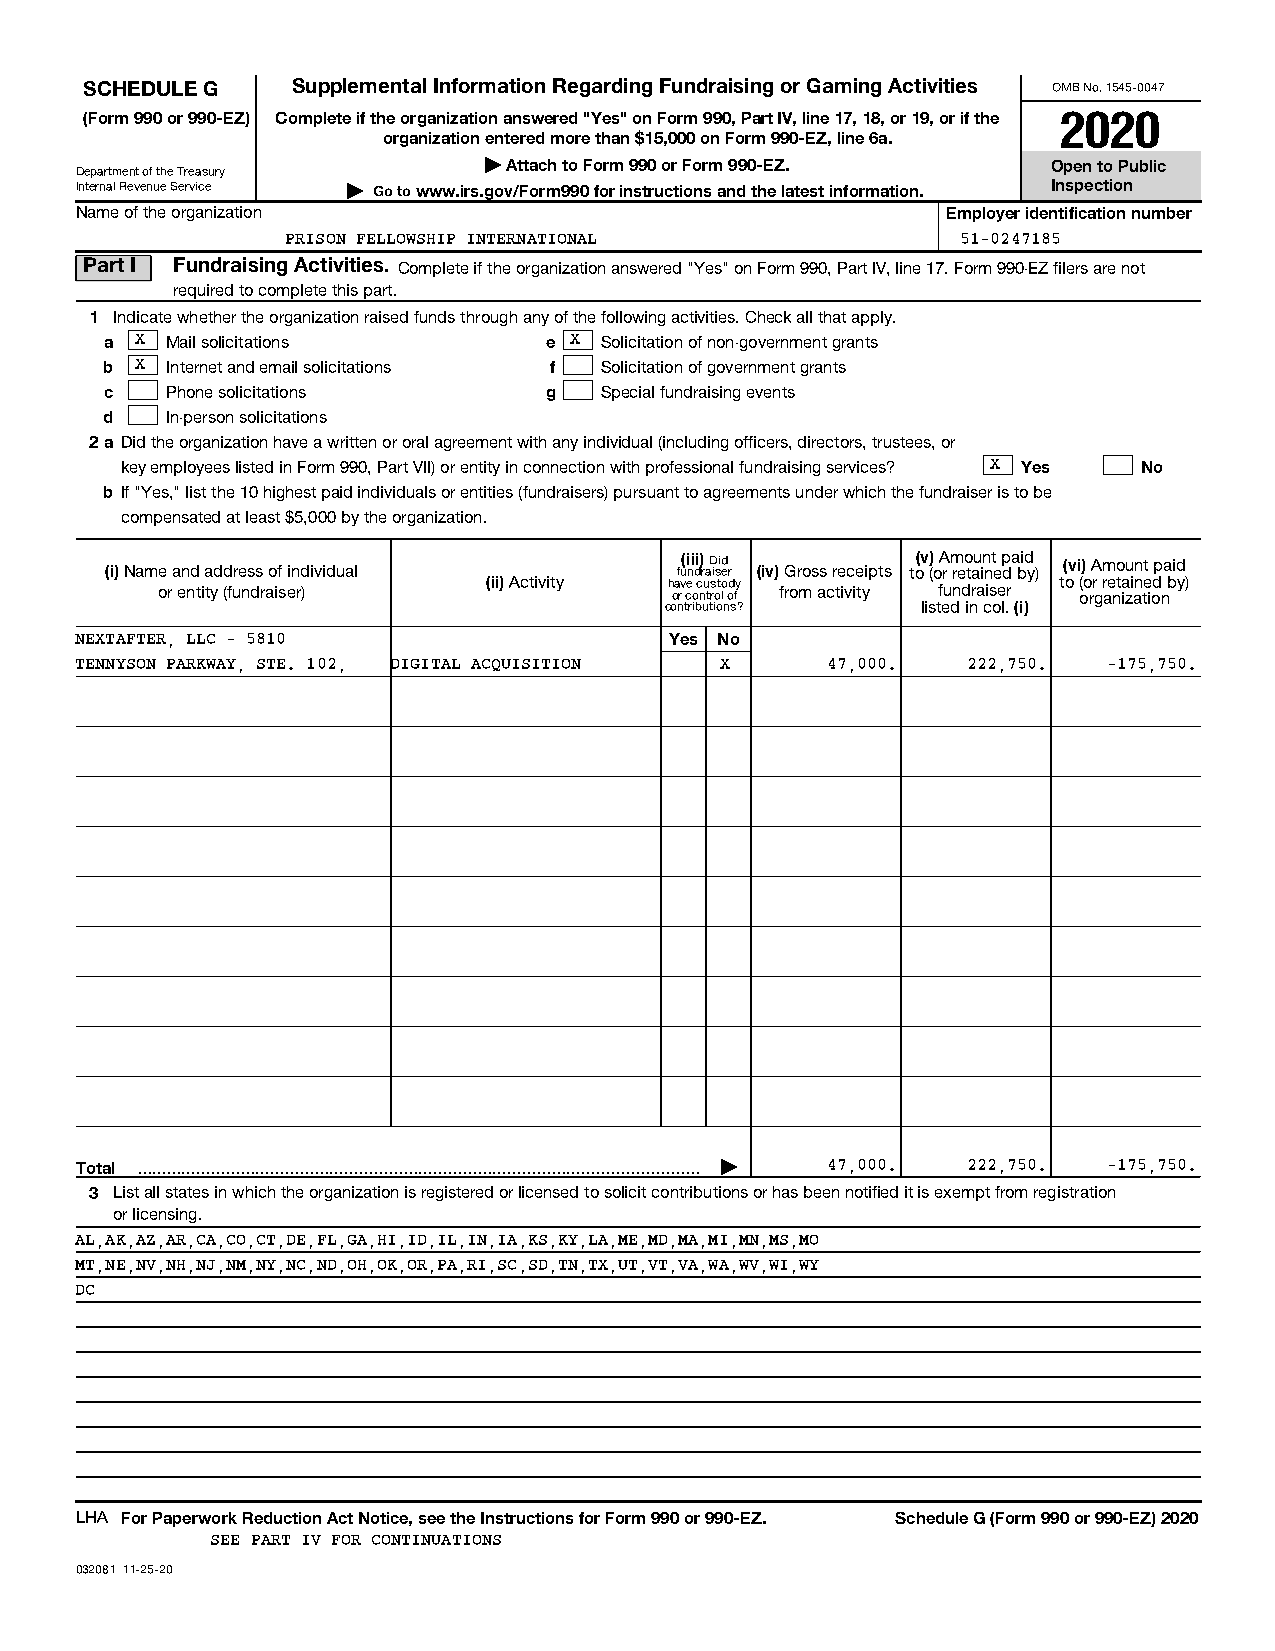
SCHEDULE G   Supplemental Information Regarding Fundraising or Gaming Activities OMB No. 1545-0047
 (Form 990 or 990-EZ) Complete if the organization answered "Yes" on Form 990, Part IV, line 17, 18, or 19, or if the 2020
 organization entered more than $15,000 on Form 990-EZ, line 6a.
 | Attach to Form 990 or Form 990-EZ.  Open to Public
 Department of the Treasury
 Internal Revenue Service | Go to www.irs.gov/Form990 for instructions and the latest information. Inspection
 Name of the organization                                  Employer identification number
 PRISON FELLOWSHIP INTERNATIONAL              51-0247185
 Part I Fundraising Activities. Complete if the organization answered "Yes" on Form 990, Part IV, line 17. Form 990-EZ filers are not
 required to complete this part.
 1 Indicate whether the organization raised funds through any of the following activities. Check all that apply.
 a X Mail solicitations       e X Solicitation of non-government grants
 b X Internet and email solicitations f Solicitation of government grants
 c   Phone solicitations      g   Special fundraising events
 d   In-person solicitations
 2a Did the organization have a written or oral agreement with any individual (including officers, directors, trustees, or
 key employees listed in Form 990, Part VII) or entity in connection with professional fundraising services? X Yes No
 b If "Yes," list the 10 highest paid individuals or entities (fundraisers) pursuant to agreements under which the fundraiser is to be
 compensated at least $5,000 by the organization.
 (i) Name and address of individual    fu(i ni di) r aD isid er (iv) Gross receipts to(v () o A r m reo tau in nt e p da bid y) (vi) Amount paid
 or entity (fundraiser) (ii) Activity h oa rv ce o c nu trs oto l d ofy from activity fundraiser to ( oo rr g r ae nt ia zi an te iod n by)
 contributions?   listed in col. (i)
 NEXTAFTER, LLC - 5810                  Yes No
 TENNYSON PARKWAY, STE. 102, DIGITAL ACQUISITION X 47,000.  222,750. -175,750.
 Total  |    47,000.  222,750. -175,750.
 3 List all states in which the organization is registered or licensed to solicit contributions or has been notified it is exempt from registration
 or licensing.
 AL,AK,AZ,AR,CA,CO,CT,DE,FL,GA,HI,ID,IL,IN,IA,KS,KY,LA,ME,MD,MA,MI,MN,MS,MO
 MT,NE,NV,NH,NJ,NM,NY,NC,ND,OH,OK,OR,PA,RI,SC,SD,TN,TX,UT,VT,VA,WA,WV,WI,WY
 DC
 LHA For Paperwork Reduction Act Notice, see the Instructions for Form 990 or 990-EZ. Schedule G (Form 990 or 990-EZ) 2020
 SEE PART IV FOR CONTINUATIONS
 032081 11-25-20